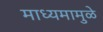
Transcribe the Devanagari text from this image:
माध्यमामुळे